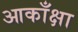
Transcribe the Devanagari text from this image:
आकाँक्षा